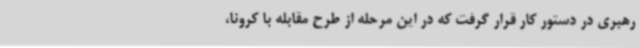
رهبری در دستور کار قرار گرفت که در این مرحله از طرح مقابله با کرونا،